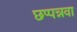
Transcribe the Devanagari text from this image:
छप्पन्नवा